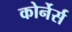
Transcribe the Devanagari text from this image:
कोर्नेर्स